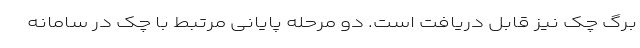
برگ چک نیز قابل دریافت است. دو مرحله پایانی مرتبط با چک در سامانه